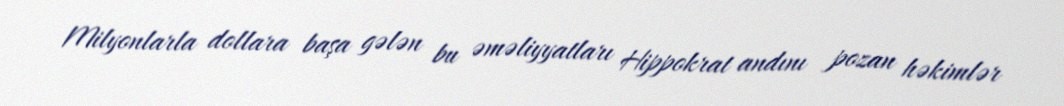
Milyonlarla dollara başa gələn bu əməliyyatları Hippokrat andını pozan həkimlər